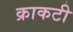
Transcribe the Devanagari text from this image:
क्राकटी